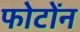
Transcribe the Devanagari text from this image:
फोटोंन